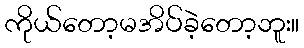
ကိုယ်တော့မအိပ်ခဲ့တော့ဘူး။